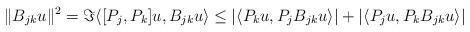
LaTeX: \begin{align*} \|B_{jk} u\|^2 = \Im \langle [P_j,P_k] u, B_{jk} u \rangle \leq |\langle P_k u, P_j B_{jk} u \rangle| + |\langle P_j u, P_k B_{jk} u \rangle|\end{align*}